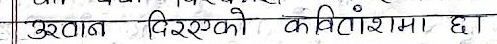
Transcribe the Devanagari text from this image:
उर्वात दिएएको केविश्रामा छ।